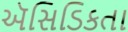
ઍસિડિકતા